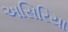
અસિરિયા